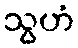
သွဟံ